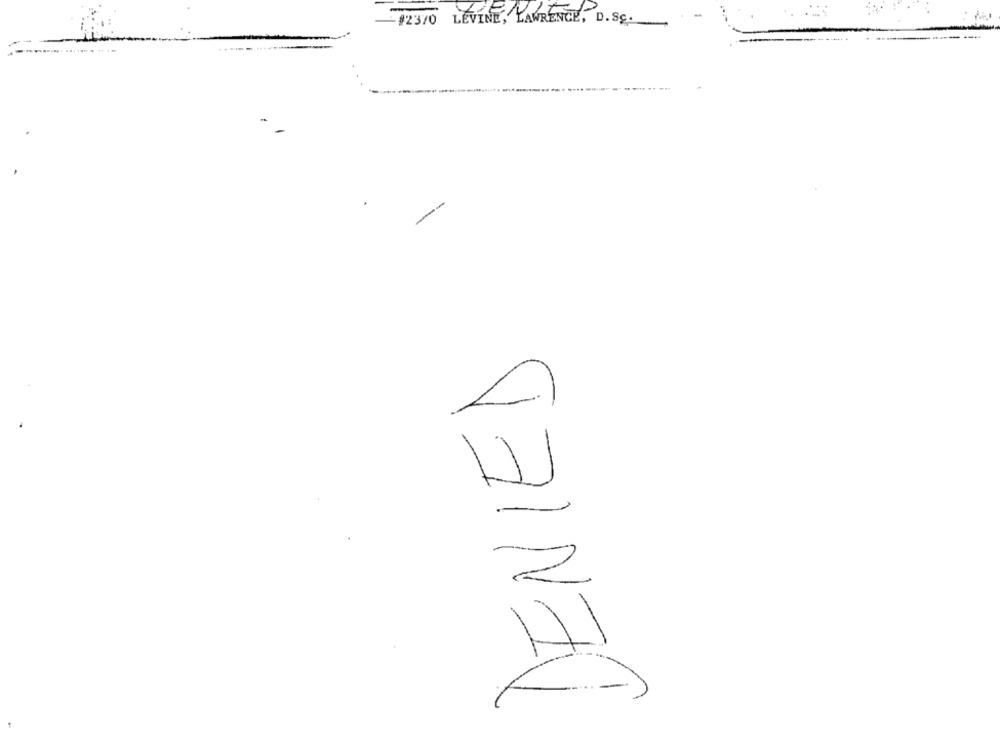
-#2370 LEVINE, LAWRENCE, D. Sc.
DENIED